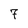
Character: 7